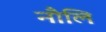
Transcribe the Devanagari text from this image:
नौलि